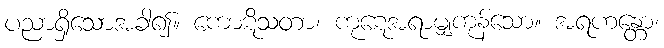
ပညာရှိသောအခါ၍။ ကောဋိသတာ၊ ကုဋေအရာမျှကုန်သော။ အရဟန္တော၊